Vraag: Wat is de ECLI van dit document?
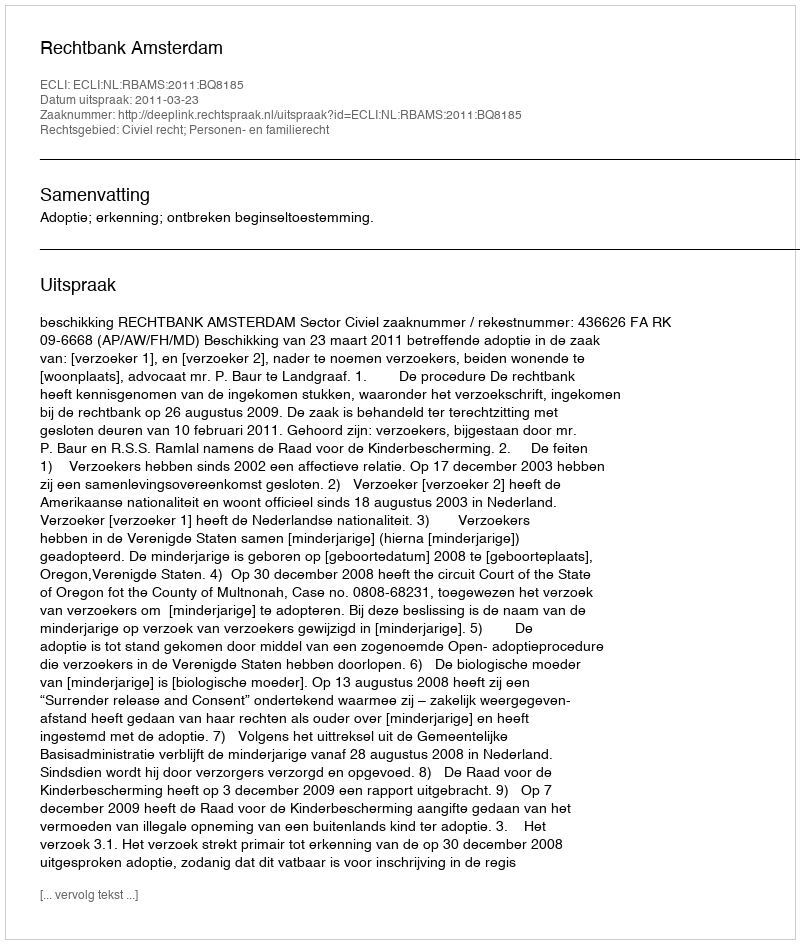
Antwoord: ECLI:NL:RBAMS:2011:BQ8185